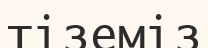
тіземіз